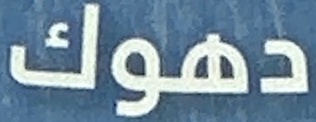
دهوك